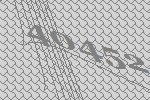
40452